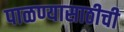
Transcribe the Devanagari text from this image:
पाळण्यासाठीची